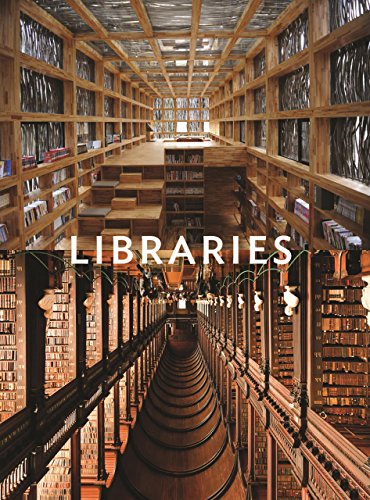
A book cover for Libraries (Roads Reflections); Bjarne Hammer; Politics & Social Sciences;